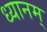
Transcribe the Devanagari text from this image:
ध्यानम्